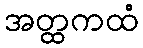
အတ္ထကထံ